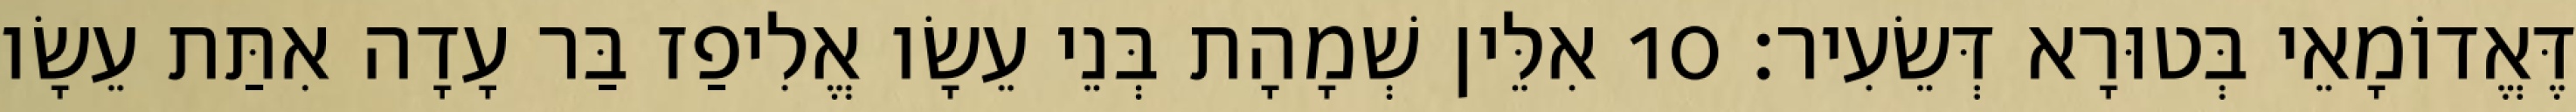
דֶּאֱדוֹמָאֵי בְּטוּרָא דְּשֵׂעִיר׃ 10 אִלֵּין שְׁמָהָת בְּנֵי עֵשָׂו אֱלִיפַז בַּר עָדָה אִתַּת עֵשָׂו